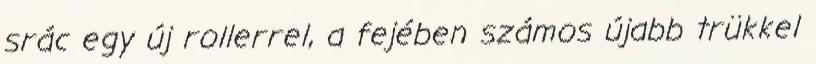
srác egy új rollerrel, a fejében számos újabb trükkel